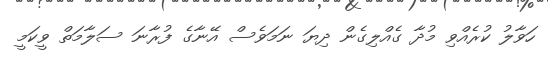
ހަވާލު ކުރެއްވި މުދާ ގެއްލިގެން ދިޔަ ނަމަވެސް އޭނާގެ ފުރާނަ ސަލާމަތް ވީކަމީ